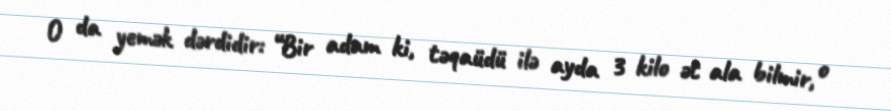
O da yemək dərdidir: “Bir adam ki, təqaüdü ilə ayda 3 kilo ət ala bilmir, o